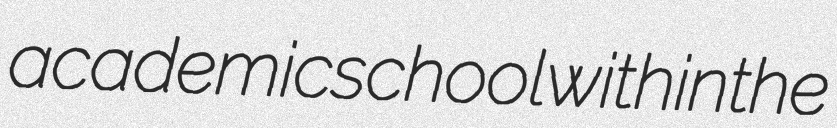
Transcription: academic school within the